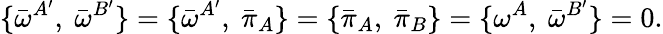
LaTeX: \{ {\bar{\omega}}^{A^{\prime}},\ {\bar{\omega}}^{B^{\prime}}\} =\{ {\bar{\omega}}^{A^{\prime}},\ {\bar{\pi}_{A}}\} =\{ {\bar{\pi}_{A}},\ {\bar{\pi}_{B}}\} =\{ {\omega}^{A},\ {\bar{\omega}}^{B^{\prime}}\} =0.